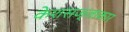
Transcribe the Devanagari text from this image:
केशसज्जाकार